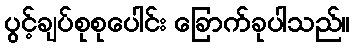
ပွင့်ချပ်စုစုပေါင်း ခြောက်ခုပါသည်။